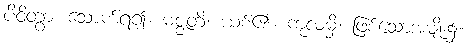
ပိဝိတွာ၊ သောက်ရ၍။ မဇ္ဇတိ၊ ယစ်၏။ ကုလမှိ၊ ဖြစ်သောအမျိုး၌။